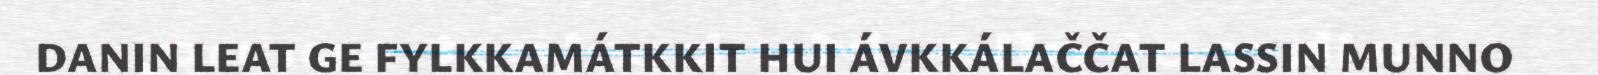
DANIN LEAT GE FYLKKAMÁTKKIT HUI ÁVKKÁLAČČAT LASSIN MUNNO